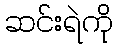
ဆင်းရဲကို